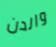
والدن